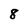
Character: 8